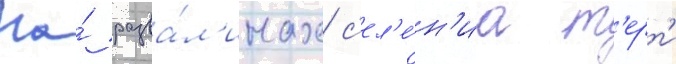
На́ разва́л'инах с'ел'е́н'иа т'ерт'и